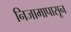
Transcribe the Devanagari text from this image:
निजामापासून